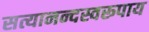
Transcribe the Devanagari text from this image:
सत्यानन्दस्वरूपाय